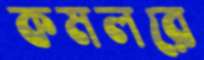
কমলরে